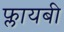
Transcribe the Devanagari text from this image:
फ्लायबी